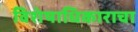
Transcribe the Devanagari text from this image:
विशेषाधिकाराचा